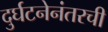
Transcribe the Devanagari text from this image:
दुर्घटनेनंतरची